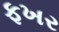
ફખર